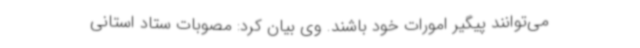
می‌توانند پیگیر امورات خود باشند. وی بیان کرد: مصوبات ستاد استانی